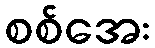
စစ်အေး